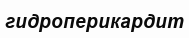
гидроперикардит